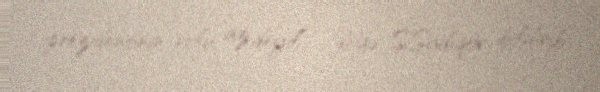
prezidentinin rolu az deyil” - deyə S.Sadıqov bildirib.